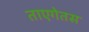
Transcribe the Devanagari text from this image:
ताएगेतस